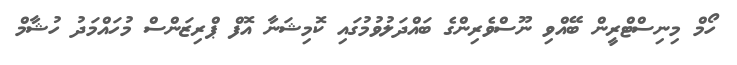
ހޯމް މިނިސްޓްރީން ބޭއްވި ނޫސްވެރިންގެ ބައްދަލުވުމުގައި ކޮމިޝަނާ އޮފް ޕްރިޒަންސް މުހައްމަދު ހުޝާމް